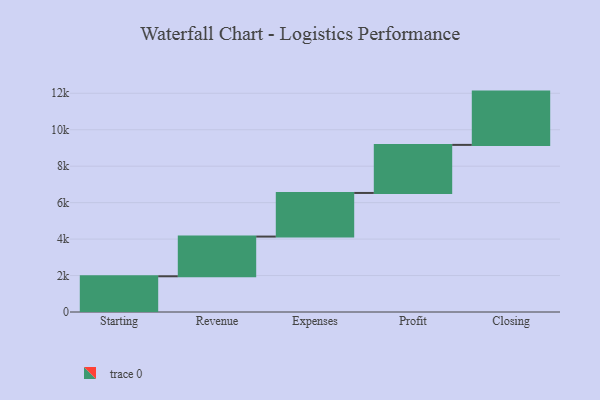
{"axis": {"x": "Step", "y": "Value"}, "legend": [""], "data": [{"x": "Starting", "y": 1960.0, "type": ""}, {"x": "Revenue", "y": 2178.0, "type": ""}, {"x": "Expenses", "y": 2394.0, "type": ""}, {"x": "Profit", "y": 2637.0, "type": ""}, {"x": "Closing", "y": 2924.0, "type": ""}]}